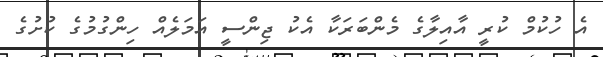
އެ ހުކުމް ކުރީ އާއިލާގެ މެންބަރަކާ އެކު ޖިންސީ އަމަލެއް ހިންގުމުގެ ކުށުގެ